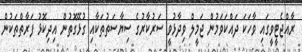
ރާއްޖެޓީވީގައި ވާހަކަ ދައްކަވަމުން ޖަމީލް ވިދާޅުވީ ސަރުކާރުގެ ސިޔާސަތުތަކާއި ގުޅޭގޮތުން އިދިކޮޅު ފަރާތްތަކުން